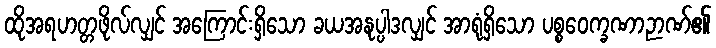
ထိုအရဟတ္တဖိုလ်လျှင် အကြောင်းရှိသော ခယအနုပ္ပါဒလျှင် အာရုံရှိသော ပစ္စဝေက္ခဏာဉာဏ်၏